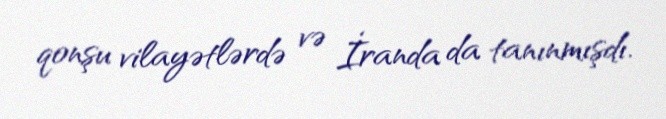
qonşu vilayətlərdə və İranda da tanınmışdı.